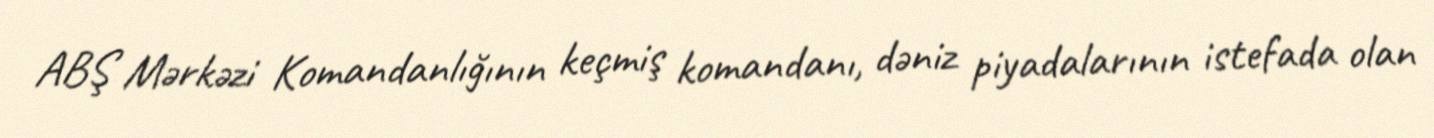
ABŞ Mərkəzi Komandanlığının keçmiş komandanı, dəniz piyadalarının istefada olan